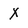
Character: x